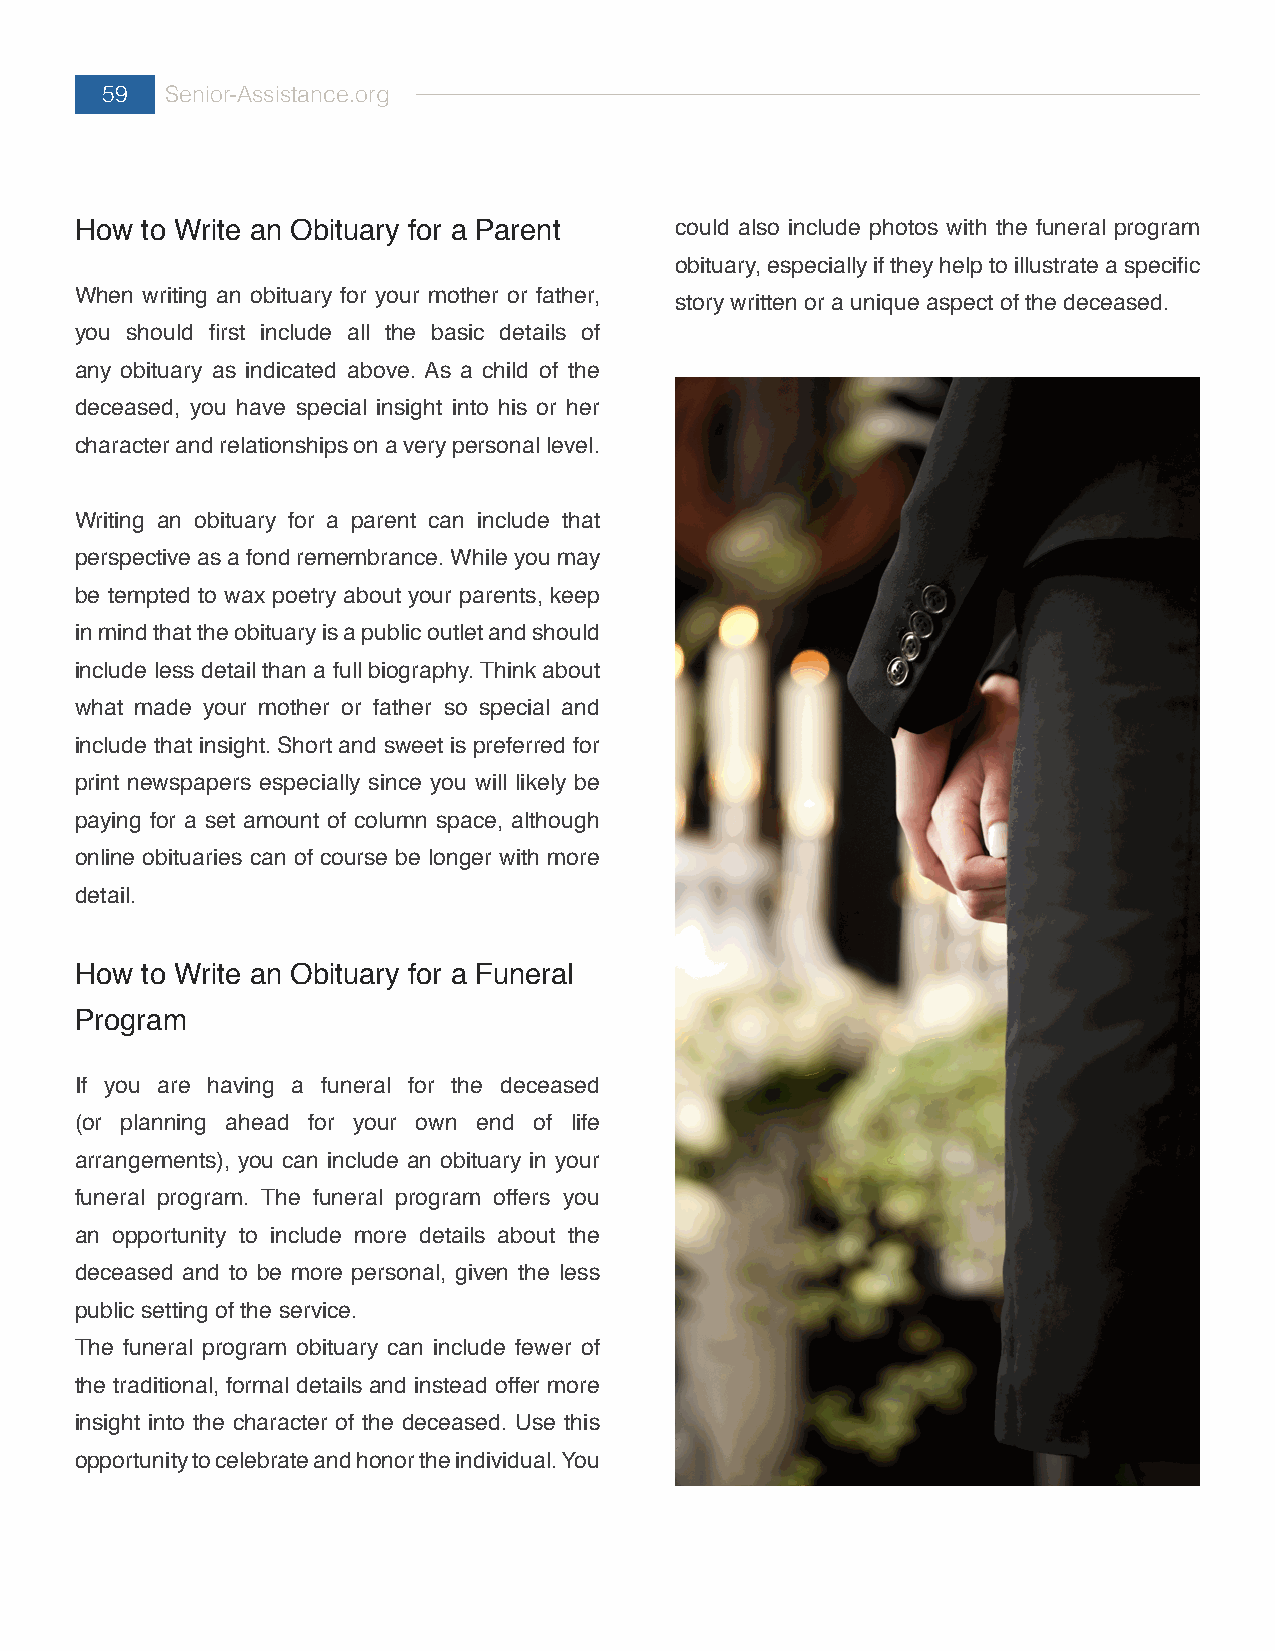
59  Senior-Assistance.org
 How to Write an Obituary for a Parent   could also include photos with the funeral program
 obituary, especially if they help to illustrate a specific
 When writing an obituary for your mother or father,
 story written or a unique aspect of the deceased.
 you should first include all the basic details of
 any obituary as indicated above. As a child of the
 deceased, you have special insight into his or her
 character and relationships on a very personal level.
 Writing an obituary for a parent can include that
 perspective as a fond remembrance. While you may
 be tempted to wax poetry about your parents, keep
 in mind that the obituary is a public outlet and should
 include less detail than a full biography. Think about
 what made your mother or father so special and
 include that insight. Short and sweet is preferred for
 print newspapers especially since you will likely be
 paying for a set amount of column space, although
 online obituaries can of course be longer with more
 detail.
 How to Write an Obituary for a Funeral
 Program
 If you are having a funeral for the deceased
 (or planning ahead for your own end of life
 arrangements), you can include an obituary in your
 funeral program. The funeral program offers you
 an opportunity to include more details about the
 deceased and to be more personal, given the less
 public setting of the service.
 The funeral program obituary can include fewer of
 the traditional, formal details and instead offer more
 insight into the character of the deceased. Use this
 opportunity to celebrate and honor the individual. You